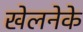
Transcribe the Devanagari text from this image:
खेलनेके